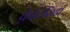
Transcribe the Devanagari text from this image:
फ़ेलिसिटी